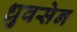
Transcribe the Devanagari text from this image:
ध्रुवसेन